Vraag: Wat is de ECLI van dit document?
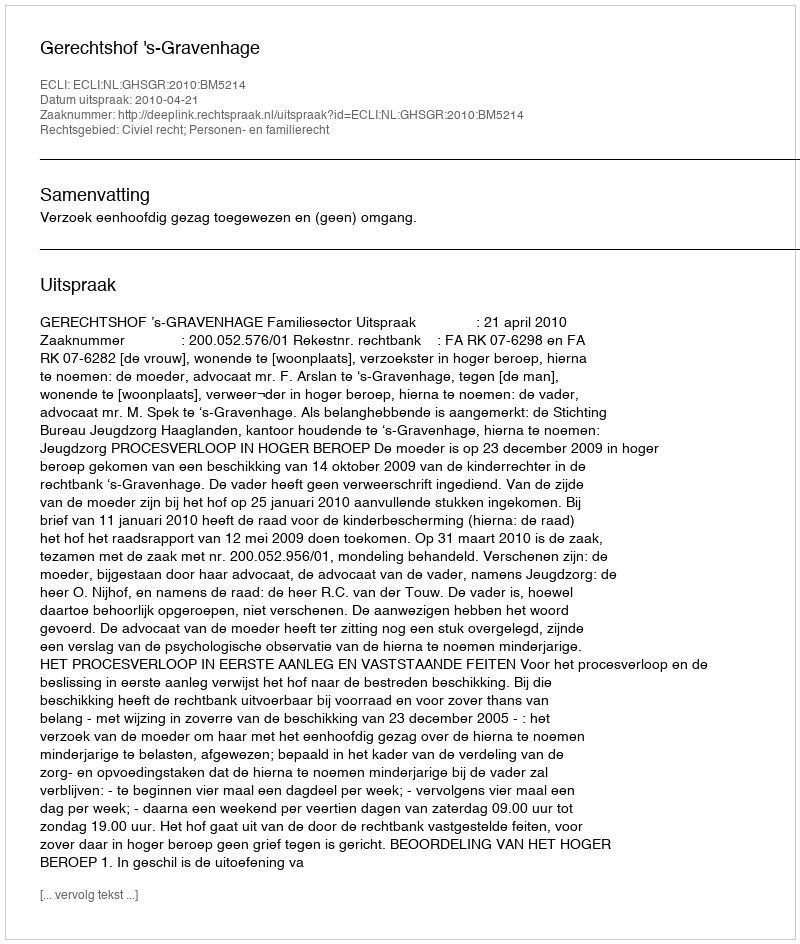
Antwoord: ECLI:NL:GHSGR:2010:BM5214